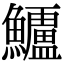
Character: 𮬗